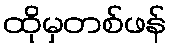
ထိုမှတစ်ဖန်